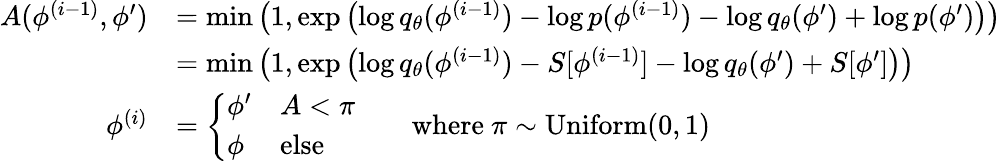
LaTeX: \begin{array}{rl}{A(\phi^{(i-1)},\phi^{\prime})}&{=\operatorname*{min}\left(1,\exp\left(\log q_{\theta}(\phi^{(i-1)})-\log p(\phi^{(i-1)})-\log q_{\theta}(\phi^{\prime})+\log p(\phi^{\prime})\right)\right)}\\ &{=\operatorname*{min}\left(1,\exp\left(\log q_{\theta}(\phi^{(i-1)})-S[\phi^{(i-1)}]-\log q_{\theta}(\phi^{\prime})+S[\phi^{\prime}]\right)\right)}\\ {\phi^{(i)}}&{=\left\{ \begin{array}{ll}{\phi^{\prime}}&{A<\pi}\\ {\phi}&{\mathrm{else}}\end{array}\right.\qquad\mathrm{where~}\pi\sim\mathrm{Uniform}(0,1)}\end{array}